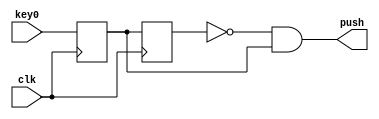
module pushb_
(
	input clk,
	input key0,
	output push
);
reg key_r;
reg key_rr;
always @(posedge clk)
begin
	key_r <= key0;
	key_rr <= key_r;
end
	assign push = ~key_rr & key_r;
endmodule

module hex2sem
(
	input [3:0] hex,
	output [6:0] segm
);
assign segm = (hex == 4'h0) ? 7'b1000000 :
      		  (hex == 4'h1) ? 7'b1111001 :
    		  (hex == 4'h2) ? 7'b0100100 :
    		  (hex == 4'h3) ? 7'b0110000 :
    		  (hex == 4'h4) ? 7'b0011001 :
    		  (hex == 4'h5) ? 7'b0010010 :
    		  (hex == 4'h6) ? 7'b0000010 :
		      (hex == 4'h7) ? 7'b1111000 :
		      (hex == 4'h8) ? 7'b0000000 :
		      (hex == 4'h9) ? 7'b0010000 :
		      (hex == 4'ha) ? 7'b0001000 :
		      (hex == 4'hb) ? 7'b0000011 :
		      (hex == 4'hc) ? 7'b1000110 :
		      (hex == 4'hd) ? 7'b0100001 :
		      (hex == 4'he) ? 7'b0000110 :
		      (hex == 4'hf) ? 7'b0001110 : 7'b0001110;
endmodule


module summator2
(
	input clk,
	input key0,
	input key1,
	input [15:0] SW,
	output [6:0] HEX2,
	output [6:0] HEX3,
	output [6:0] HEX4,
	output [6:0] HEX5,
	output [6:0] HEX6,
	output [6:0] HEX7,
	output LEDG

);

wire push1;
wire push0;
reg [24:0] digits;


pushb_
push_1
(
	.clk	(clk),
	.key0	(key1),
	.push	(push1)
);

pushb_
push_0
(
    .clk    (clk),
    .key0   (key0),
    .push   (push0)
);

wire [6:0] HEX [5:0];
assign HEX2 = HEX[4][6:0];
assign HEX3 = HEX[5][6:0];
assign HEX4 = HEX[0][6:0];
assign HEX5 = HEX[1][6:0];
assign HEX6 = HEX[2][6:0];
assign HEX7 = HEX[3][6:0];

genvar i;
generate
for (i = 0; i < 6; i = i + 1)
begin: loop1
hex2sem
hex000
(
    .hex    (digits[(3 + i * 4):(i * 4)]),
    .segm   (HEX[i])
);
end
endgenerate

always @(posedge clk)
begin
    digits[15:8] <= SW[15:8];
    digits[7:0] <= SW[7:0];

    if (push0)
        digits[24:16] <= 0;
    else if (push1 & ~push0)
        digits[24:16] <= SW[15:8] + SW[7:0];
end

assign LEDG = digits[24];

endmodule